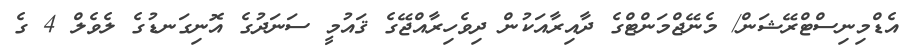
އެޑްމިނިސްޓްރޭޝަން/ މެނޭޖްމަންޓްގެ ދާއިރާއަކުން ދިވެހިރާއްޖޭގެ ޤައުމީ ސަނަދުގެ އޮނިގަނޑުގެ ލެވެލް 4 ގެ